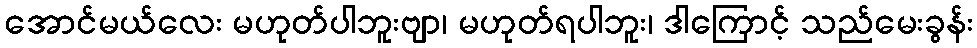
အောင်မယ်လေး မဟုတ်ပါဘူးဗျာ၊ မဟုတ်ရပါဘူး၊ ဒါကြောင့် သည်မေးခွန်း